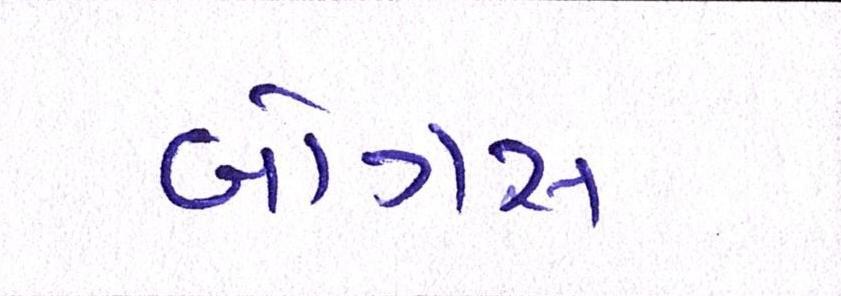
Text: બોગસ